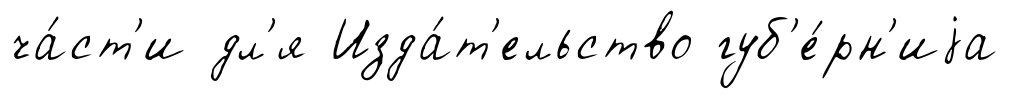
ча́ст'и дл'я Изда́т'ельство губ'е́рн'иjа